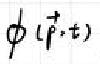
\(\phi(\vec{p}, t)\)